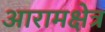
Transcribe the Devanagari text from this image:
आरामक्षेत्र